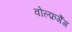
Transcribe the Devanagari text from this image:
वोल्फ़गैंग